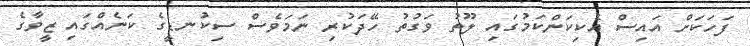
ފަހަކަށް އައިސް އެކިކަންކަމުގައި ލޫތު ވަގުތު ހޭދަކުރި ނަމަވެސް ސިކުނޑީގެ ކަނެއްގައި ޒީވާގެ